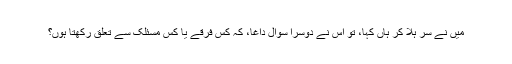
میں نے سر ہلا کر ہاں کہا، تو اس نے دوسرا سوال داغا، کہ کس فرقے یا کس مسئلک سے تعلق رکھتا ہوں؟